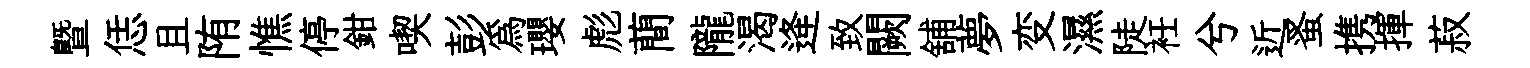
曁恁且陏憔停鉗喫彭爲瓔彪蕳隴渴逄致闕舖夢变濕陡衽兮近蚤携揮菽